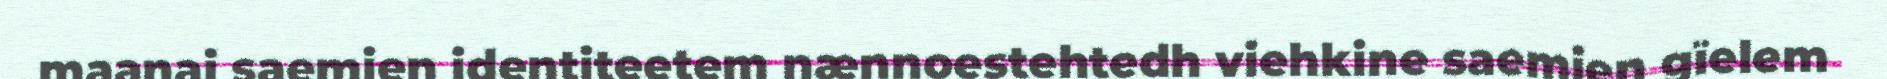
maanaj saemien identiteetem nænnoestehtedh viehkine saemien gïelem